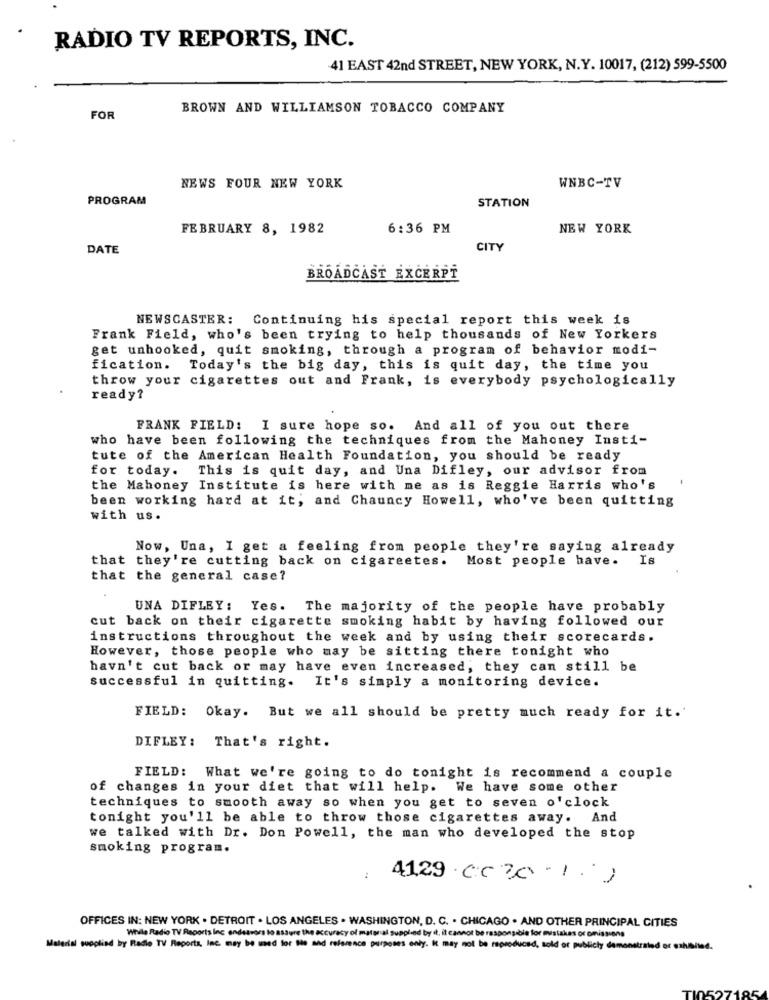
RADIO TV REPORTS, INC.
41 EAST 42nd STREET, NEW YORK, N.Y. 10017, (212) 599-5500
BROWN AND WILLIAMSON TOBACCO COMPANY
FOR
NEWS FOUR NEW YORK
WNBC-TV
PROGRAM
STATION
FEBRUARY 8, 1982
6:36 PM
NEW YORK
DATE
CITY
BROADCAST EXCERPT
NEWSCASTER: Continuing his special report this week is
Frank Field, who's been trying to help thousands of New Yorkers
get unhooked, quit smoking, through a program of behavior modi-
fication. Today's the big day, this is quit day, the time you
throw your cigarettes out and Frank, is everybody psychologically
ready?
FRANK FIELD: I sure hope so. And all of you out there
who have been following the techniques from the Mahoney Insti-
tute of the American Health Foundation, you should be ready
for today. This is quit day, and Una Difley, our advisor from
the Mahoney Institute is here with me as is Reggie Harris who's
been working hard at it; and Chauncy Howell, who've been quitting
with us.
Now, Una, I get a feeling from people they're saying already
that they're cutting back on cigareetes. Most people have. Is
that the general case?
UNA DIFLEY: Yes. The majority of the people have probably
cut back on their cigarette smoking habit by having followed our
instructions throughout the week and by using their scorecards.
However, those people who may be sitting there tonight who
havn't cut back or may have even increased, they can still be
successful in quitting. It's simply a monitoring device.
FIELD: Okay. But we all should be pretty much ready for it.'
DIFLEY: That's right.
FIELD: What we're going to do tonight is recommend a couple
of changes in your diet that will help. We have some other
techniques to smooth away so when you get to seven o'clock
tonight you'll be able to throw those cigarettes away. And
we talked with Dr. Don Powell, the man who developed the stop
smoking program.
:
41.29 cc 20 -1 )
OFFICES IN: NEW YORK . DETROIT . LOS ANGELES . WASHINGTON, D. C. . CHICAGO . AND OTHER PRINCIPAL CITIES
While Radio TV Reports Inc endeavors to assure the accuracy of material supplied by it, it cannot be responsible for mistakes or omissions
Material supplied by Radio TV Reports, Inc. may be med for Sie and reference purposes only. It may not be reproduced, sold or publicty demonstrated or
Wed.